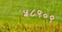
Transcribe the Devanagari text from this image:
५८९०९